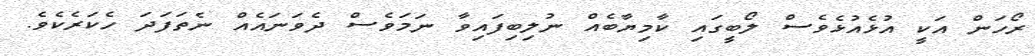
ރޯހަން އަކީ އުޅެއުޅެވެސް ލޯބީގައި ކާމިޔާބެއް ނުލިބިފައިވާ ނަމަވެސް ދެވަނައެއް ނެތަފަދަ ހެކަރެކެވެ.